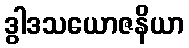
ဒွါဒသယောဇနိယာ